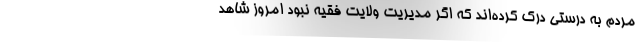
مردم به درستی درک کرده‌اند که اگر مدیریت ولایت فقیه نبود امروز شاهد